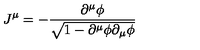
J ^ { \mu } = - \frac { \partial ^ { \mu } \phi } { \sqrt { 1 - \partial ^ { \mu } \phi \partial _ { \mu } \phi } }